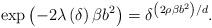
LaTeX: \begin{align*}\exp \left( -2\lambda \left( \delta \right) \beta b^{2}\right) =\delta^{\left( 2\rho \beta b^{2}\right) /d}. \end{align*}